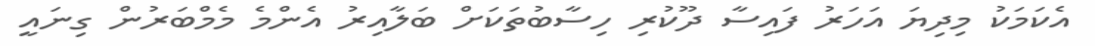
އެކަމަކު މިދިޔަ އަހަރު ފައިސާ ދޫކުރި ހިސާބުތަކަށް ބަލާއިރު އެންމެ މެމްބަރުން ގިނައީ